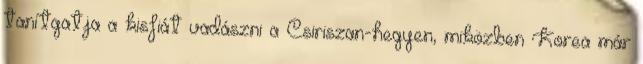
tanítgatja a kisfiát vadászni a Csiriszan-hegyen, miközben Korea már